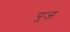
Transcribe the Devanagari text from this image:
पुज